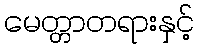
မေတ္တာတရားနှင့်